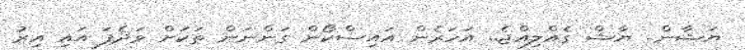
ޔަޝާން.. ޔާޝް ގެއްލިއްޖެ.. އަހަރެން އައިސްކޯން ގަންނަން ތަކަށް ވަދެފަ އައި އިރު